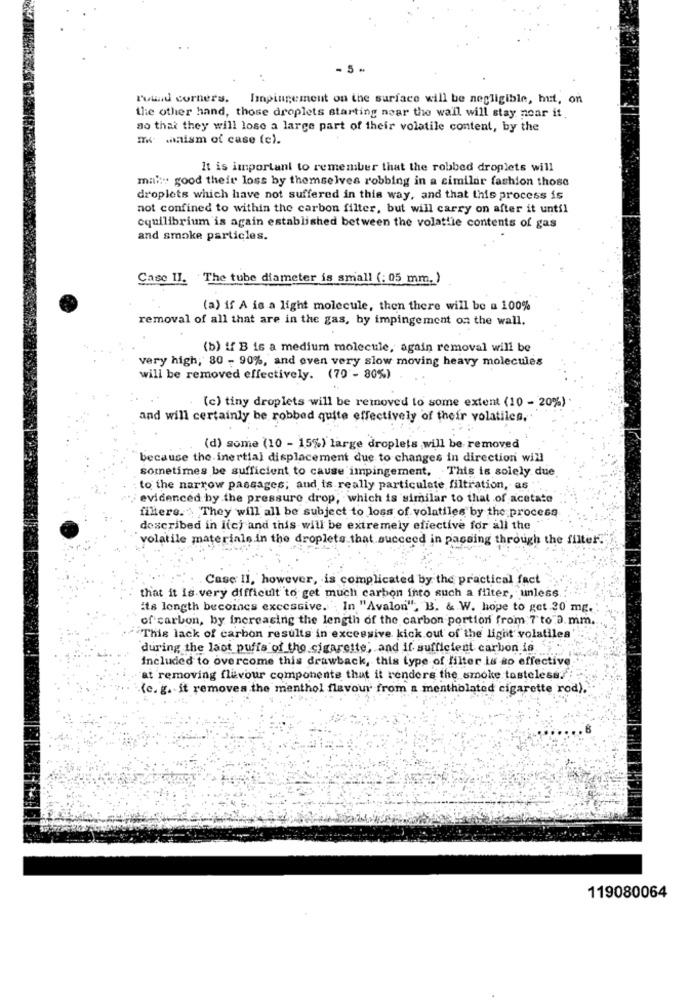
round corners. Impingement on the surface will be negligible, hut, on
the other hand, those droplets starting near the wall will stay near it.
ao that they will lose a large part of their volatile content, by the
m .ism of case (e).
It is important to remember that the robbed droplets will
mal:" good their loss by themselves robbing in a similar fashion those
droplets which have not suffered in this way, and that this process is
not confined to within the carbon filter, but will carry on after it until
equilibrium is again established between the volattie contents of gas
and smoke particles.
Case II. The tube diameter is small (: 05 mm.)
(a) if A is a light molecule, then there will be a 100%
removal of all that are in the gas, by impingement on the wall.
(b) if B is a medium molecule, again removal will be
very high, 80 - 90%, and even very slow moving heavy molecules
will be removed effectively. (70 - 80%)
(c) tiny droplets will be removed to some extent (10 - 20%)
and will certainly be robbed quite effectively of their volatiles,
(d) some (10 - 15%) large droplets will be removed
because the inertial displacement due to changes in direction will
sometimes be sufficient to cause impingement, This is solely due.
to the narrow passages; and is really particulate filtration, as
evidenced by the pressure drop, which is similar to that of acetate
filters. They will all be subject to loss of volatiles by the process
described in i(c) and this will be extremely effective for all the
volatile materials in the droplets that succeed in passing through the filter.
Case II, however, is complicated by the practical fact
that it is very difficult to get much carbon into such a filter, unless.
its length becomes excessive. ; In "Avalon", B. & W. hope to get 20 mg.
of carbon, by increasing the length of the carbon portion from 7 to ).mm.
"This lack of carbon results in excessive kick out of the light volatilea'
during the last puffs of the cigarette, and if sufficient carbon is
Included to overcome this drawback, this type of filter is so effective
at removing flavour components that it renders the smoke tasteless.
(e. g. it removes the menthol flavour from a mentholated cigarette rod).
119080064